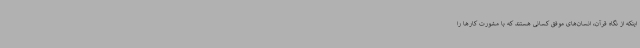
اینکه از نگاه قرآن، انسان‌های موفق کسانی هستند که با مشورت کارها را